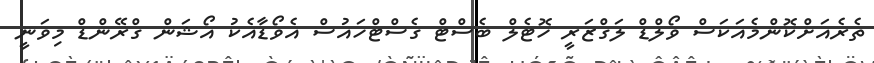
ތެރެއަށްކޮންމެއަކަސް ވޯލްޑް ލަގްޒަރީ ހޮޓެލް ބެސްޓް ގެސްޓްހައުސް އެވޯޑާއެކު އޯޝަން ގްރޭންޑް މިވަނީ